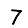
Digit: 7